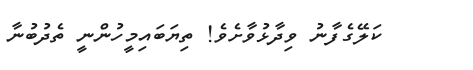
ކަލޭގެފާނު ވިދާޅުވާށެވެ! ތިޔަބައިމީހުންނީ ތެދުބުނާ